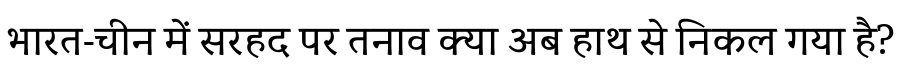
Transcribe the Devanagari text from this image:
भारत-चीन में सरहद पर तनाव क्या अब हाथ से निकल गया है?